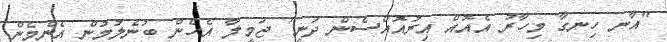
"އާނ ހިނގާ މިހާރު އެއޮއް އިރުއޮއްސެން ދަނީ" ޖަމީލާ އެހެން ބުނެލުމުން އެންމެން